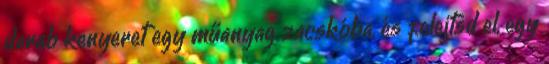
darab kenyeret egy műanyag zacskóba, és felejtsd el, egy